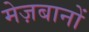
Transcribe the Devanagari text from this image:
मेज़बानों